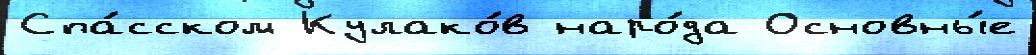
Спа́сском Кулако́в наро́да Основны́е